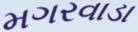
મગરવાડા